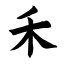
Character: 禾